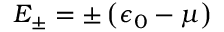
E _ { \pm } = \pm \left( \epsilon _ { 0 } - \mu \right)